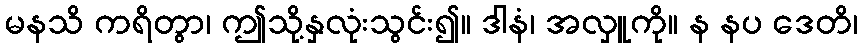
မနသိ ကရိတွာ၊ ဤသို့နှလုံးသွင်း၍။ ဒါနံ၊ အလှူကို။ န နပ ဒေတိ၊